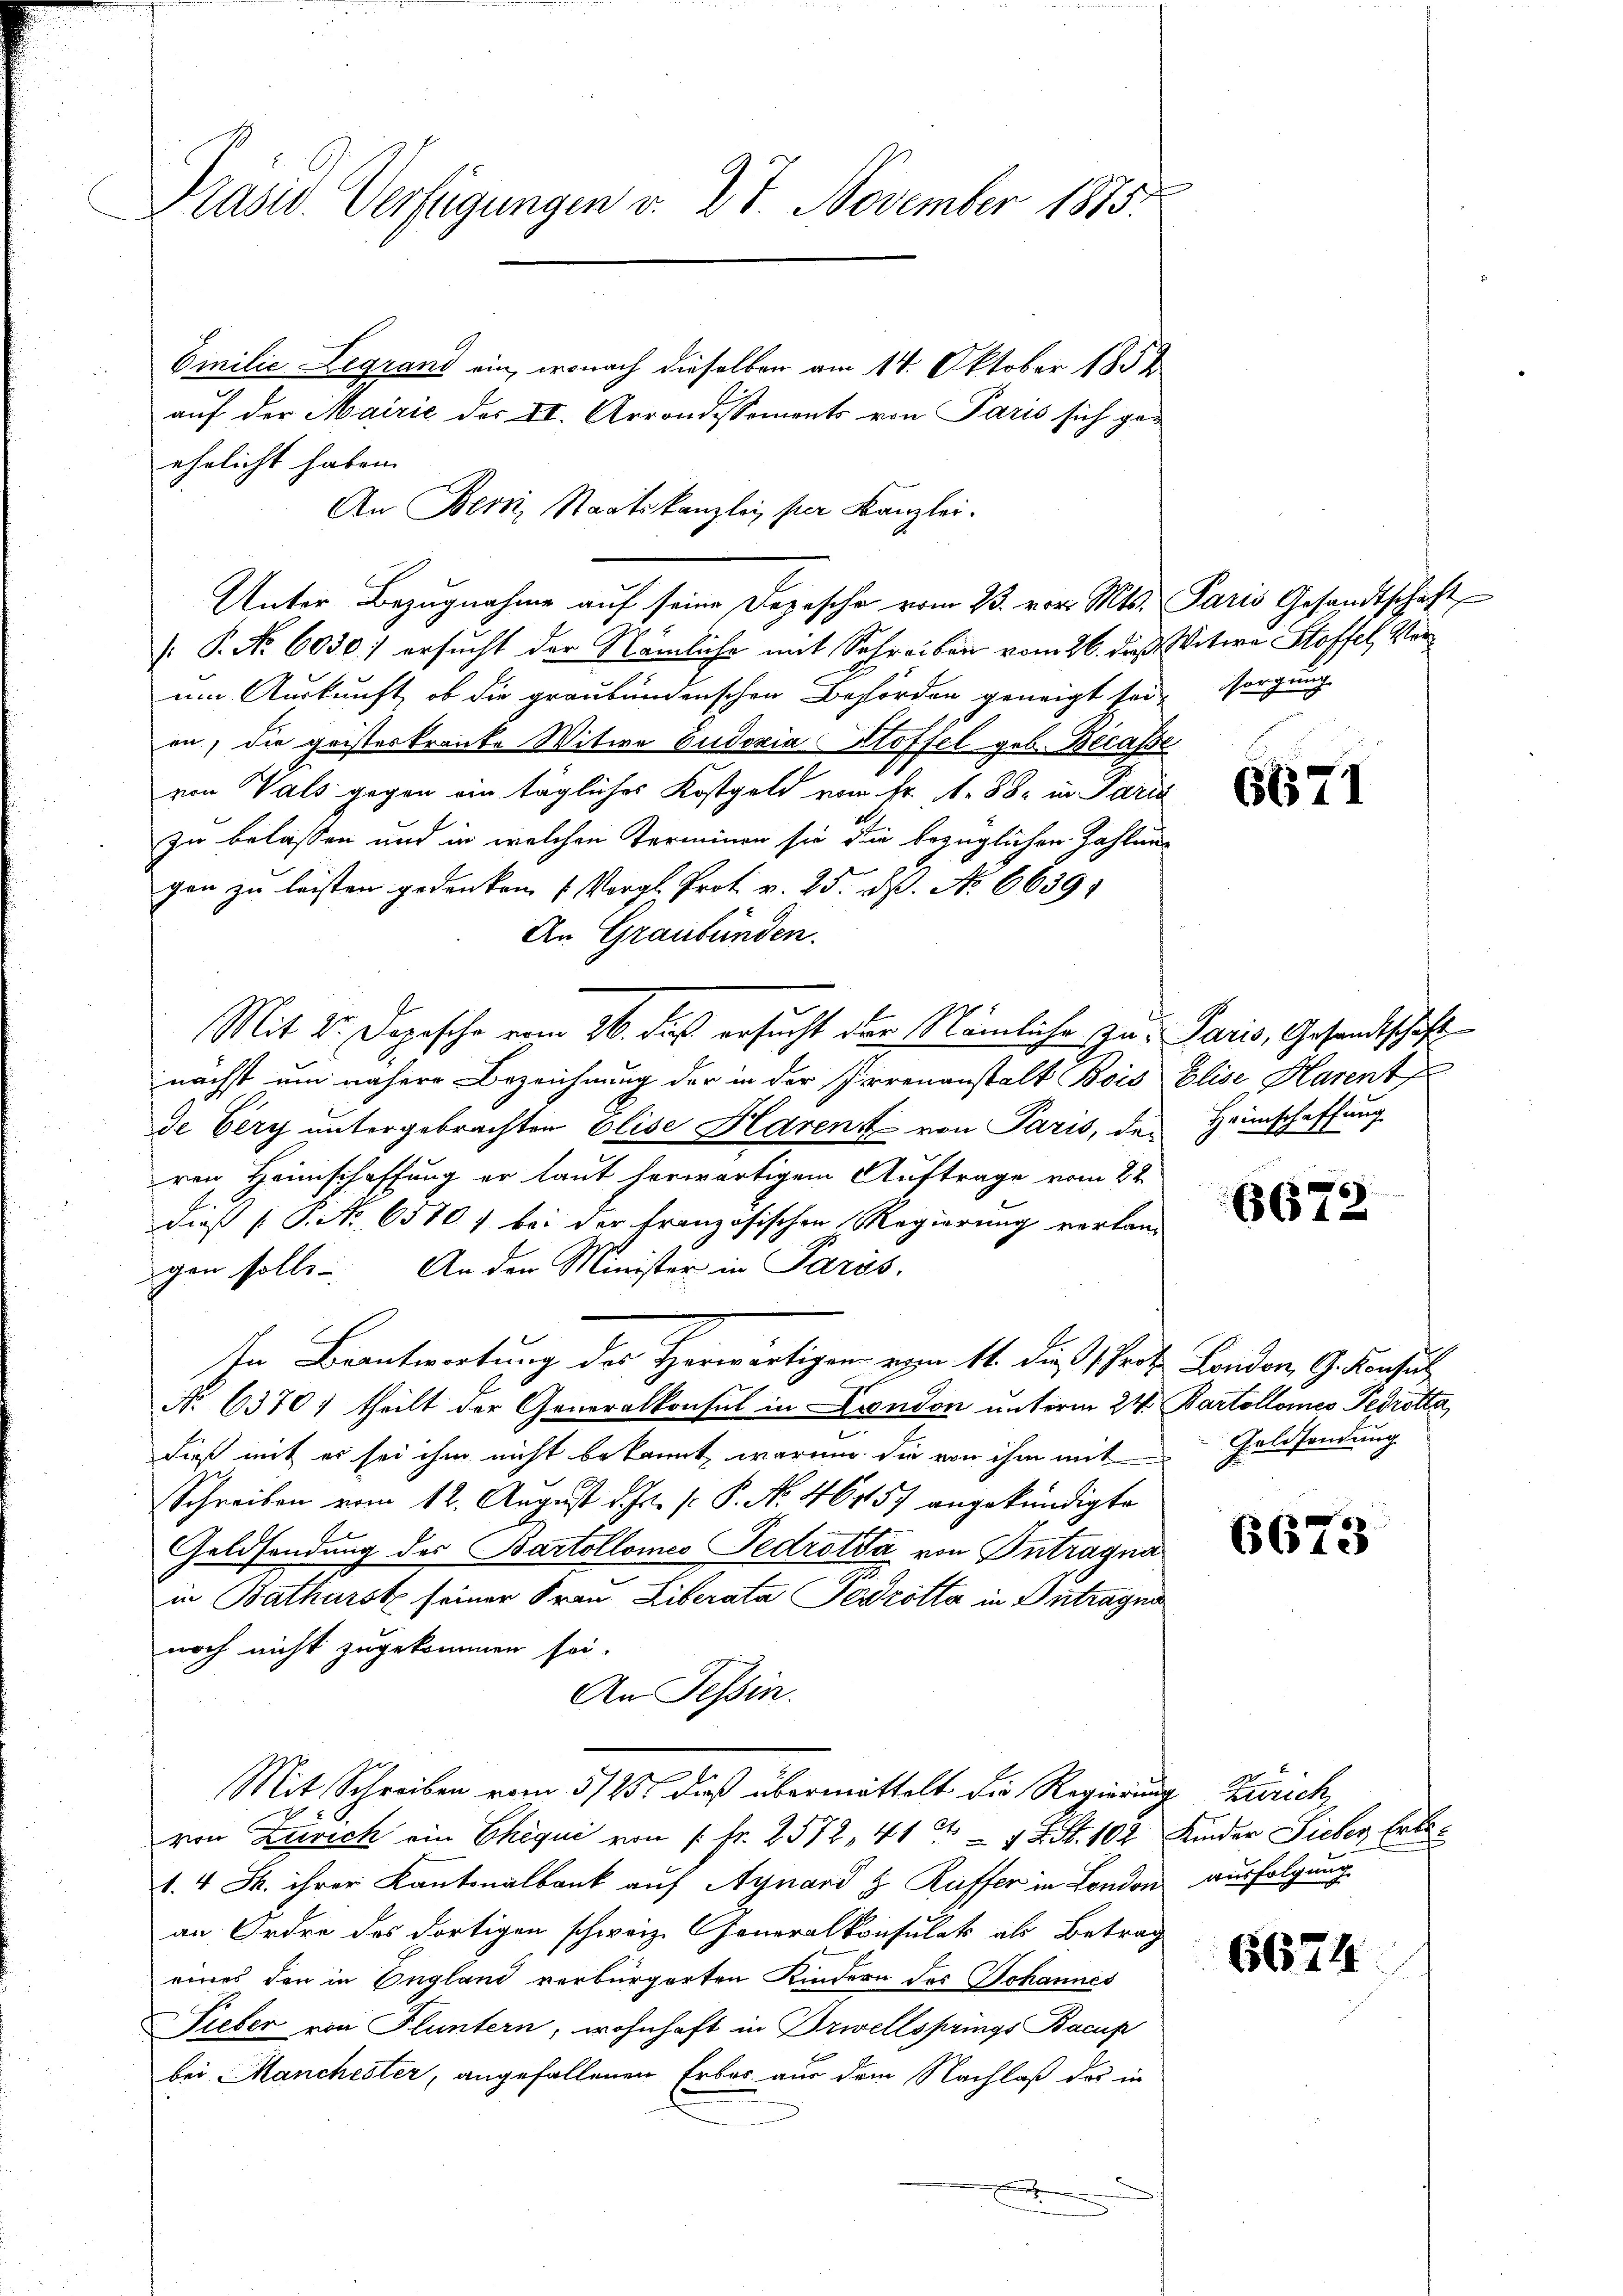
Emilie Legrand ein, wonach dieselben am 14. Oktober 1852
auf der Mairić der II. Arrondissements von Paris sich geehelicht haben.
An Bern, Staatskanzlei per Kanzlei.
[ P. No. 6030.) ersucht der Nämliche mit Schreiben vom 26. dieß Witwe Stoffel, Vorum Auskunft, ob die graubündenschen Behörden geneigt sei, sorgung
on, die geisterkranke Witwe Eudoxia Stoffel geb. Becasse
von Vals gegen ein tägliches Kostgeld vom Fr. 1. 88. in Pari
zu belassen und in welchen Terminen sie die bezüglichen Zahlungen zu leisten gedanken u. Vergl. Prot. v. 25. N. No 6639.
An Graubünden.
Mit 2. Depesche vom 26. das ersucht der Nämliche zu Paris, Gesandtschäft
nächst um nähere Bezeichnung der in der Pierrenanstalt Bois Elise Harent
de Very untergebrachten Elise Harent von Paris, den Heimschaffung
ren Heimschaffung er laut herwärtigem Auftrage vom 22.
dieß (O. No. 65701 bei der französischen Regierung verlang
gen solle. An den Minister in Paris.
Im Beantwortung des Herwärtigen vom 14. die Prot. Landon, G. denseit
No 6370; theilt der Generalkonsul in London unterm 24. Bartollones Pedrötta
dieß mit es sei ihm nicht bekannt, warum die von ihm mit Geldsendung
Schreiben vom 12. August d. Js. p. P. Nr. 46757 angekündigte
Geldsendung des Bartollomeo Fedrotta von Intragna
in Batharst seiner Frau Liberata Gedrötte in Antragna
noch nicht zugekommen sei.
An Tessin.
Mit Schreiben vom 5/25. daß übermittelt die Regierung Zürich,
von Zürich ein Chequi von 1 Fr. 2572, 41 — 1 d St. 102 Kinder Sieber Erle¬
1.4 J. ihrer Kantonalbank auf Aynard & Ruffer in London ausfolgung
an Ordre des dortigen schweiz. Generalkonsulats als Betrag
eines den in England verbürgerten Kindern des Johannes
Fieber von Fluntern, wohnhaft in Drivellsprings Bacup
bei Manchester, angefallenen Erbar aus dem Nachlaß des in
.

Präsid. Verfügungen v. 27. November 1873.

Unter Bezugnahme auf seine Depesche vom 23. vor. Mts. Paris Gesandtschaft

6671

6672

6673

6674